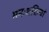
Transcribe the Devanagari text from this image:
मनःशक्तियां